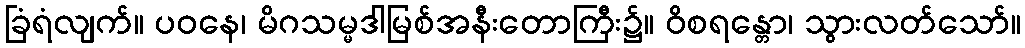
ခြံရံလျက်။ ပဝနေ၊ မိဂသမ္မဒါမြစ်အနီးတောကြီး၌။ ဝိစရန္တော၊ သွားလတ်သော်။